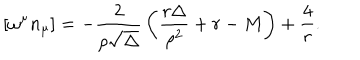
\left[ \omega ^ { \mu } n _ { \mu } \right] = - { \frac { 2 } { \rho { \sqrt \Delta } } } \left( { \frac { r \Delta } { \rho ^ { 2 } } } + r - M \right) + { \frac { 4 } { r } } .